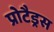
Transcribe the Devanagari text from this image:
प्रोटैड्रस